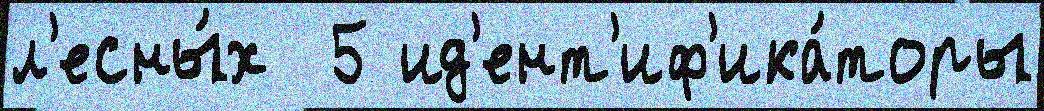
л'есны́х  5 ид'ент'иф'ика́торы